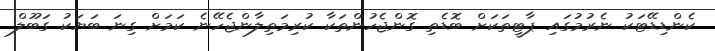
ކެންޑިޑޭޓަކު ނެރުމުގައި ޕާޓީތަކަށް ބޮޑެތި ގޮންޖެހުންތަކާ ކުރިމަތިލާންޖެހޭނެ ކަމަށް ގިނަ ބަޔަކު ގަބޫލް